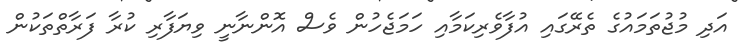
އަދި މުޖުތަމައުގެ ތެރޭގައި އުފާވެރިކަމާއި ހަމަޖެހުން ވެސް އޮންނާނީ ވިޔަފާރި ކުރާ ފަރާތްތަކުން